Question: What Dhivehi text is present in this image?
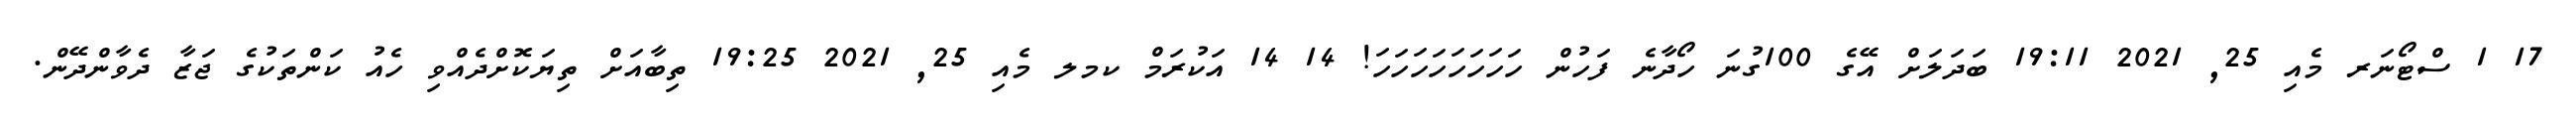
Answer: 17 1 ސްޓޯނަރ މެއި 25, 2021 19:11 ބަދަލަށް އޭގެ 100ގުނަ ހޯދާނެ ފަހުން ހަހަހަހަހަހަހަހަ! 14 14 އަކުރަމް ކމލ މެއި 25, 2021 19:25 ތިބާއަށް ތިޔަކޮށްދެއްވި ހެއު ކަންތަކުގެ ޖަޒާ ދެވާންދޭން.